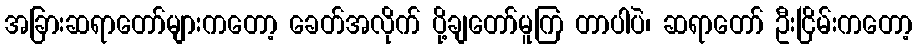
အခြားဆရာတော်များကတော့ ခေတ်အလိုက် ပို့ချတော်မူကြ တာပါပဲ၊ ဆရာတော် ဦးငြိမ်းကတော့